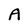
Character: A